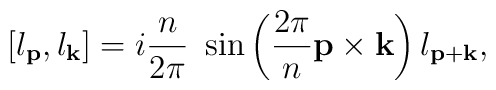
[l_{\bf p},l_{\bf k}]=i\frac{n}{2\pi}~\sin\left(\frac{2\pi}{n}{\bf p\times k}\right)l_{\bf p+k},